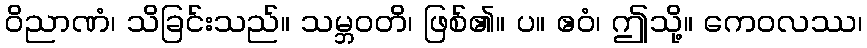
ဝိညာဏံ၊ သိခြင်းသည်။ သမ္ဘဝတိ၊ ဖြစ်၏။ ပ။ ဧဝံ၊ ဤသို့။ ကေဝလဿ၊